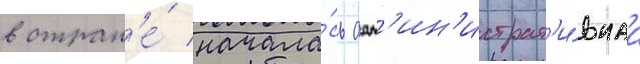
в стран'е́ начала́сь адм'ин'истрат'и́внаа